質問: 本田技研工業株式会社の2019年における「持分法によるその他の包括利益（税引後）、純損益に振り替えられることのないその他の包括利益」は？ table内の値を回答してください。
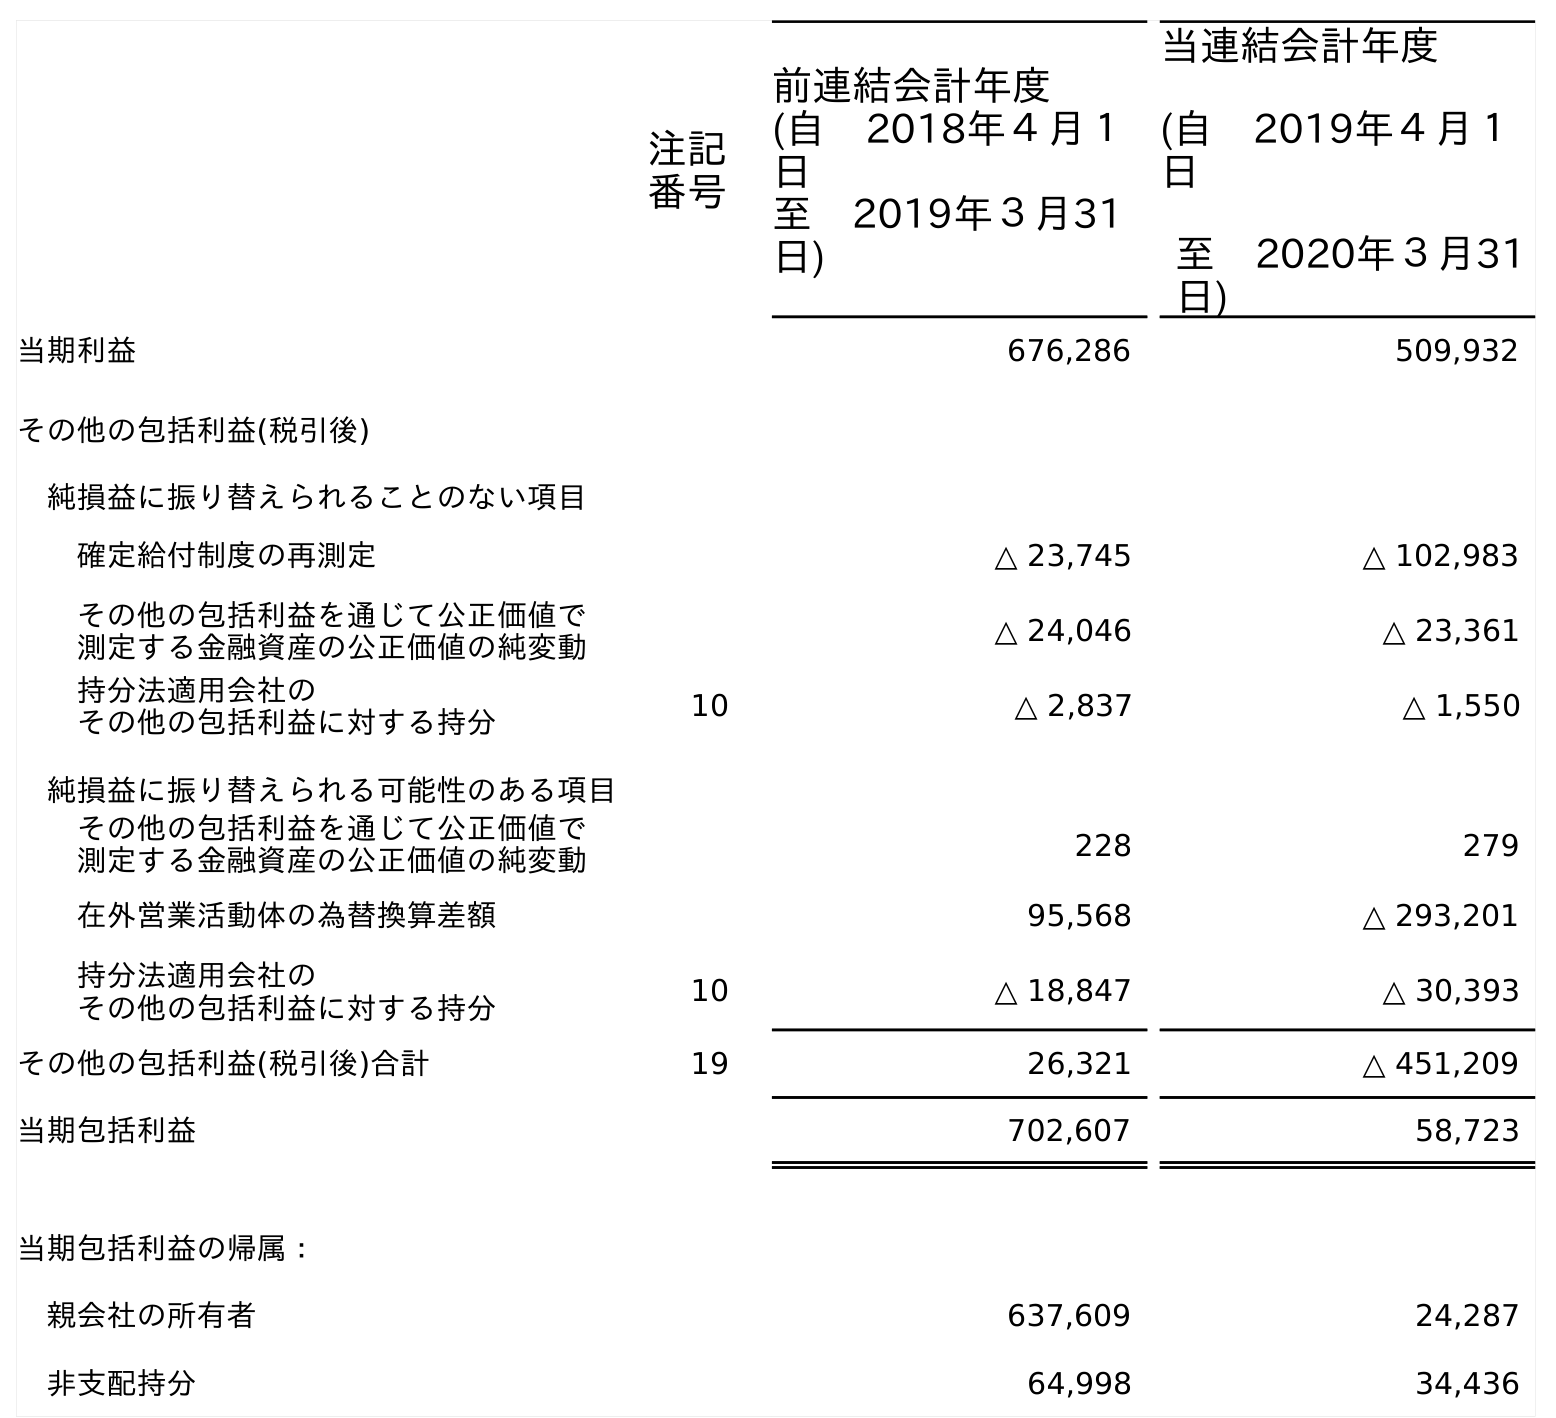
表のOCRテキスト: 注記 番号 前連結会計年度 (自 2018年４月１ 日 至 2019年３月31 日) 当連結会計年度 (自 2019年４月１ 日 至 2020年３月31 日) 当期利益 676,286 509,932 その他の包括利益(税引後) 純損益に振り替えられることのない項目 確定給付制度の再測定 △ 23,745 △ 102,983 その他の包括利益を通じて公正価値で 測定する金融資産の公正価値の純変動 △ 24,046 △ 23,361 持分法適用会社の その他の包括利益に対する持分 10 △ 2,837 △ 1,550 純損益に振り替えられる可能性のある項目 その他の包括利益を通じて公正価値で 測定する金融資産の公正価値の純変動 228 279 在外営業活動体の為替換算差額 95,568 △ 293,201 持分法適用会社の その他の包括利益に対する持分 10 △ 18,847 △ 30,393 その他の包括利益(税引後)合計 19 26,321 △ 451,209 当期包括利益 702,607 58,723 当期包括利益の帰属： 親会社の所有者 637,609 24,287 非支配持分 64,998 34,436
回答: △2,837